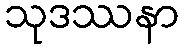
သုဒဿနာ